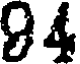
94